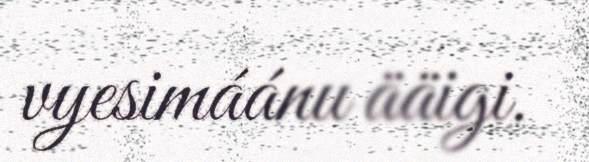
vyesimáánu ääigi.